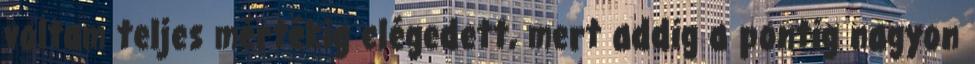
voltam teljes mértékig elégedett, mert addig a pontig nagyon